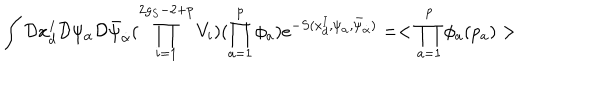
\int { \cal D } x _ { d } ^ { I } { \cal D } \psi _ { \alpha } { \cal D } \bar { \psi } _ { \dot { \alpha } } ( \prod _ { i = 1 } ^ { 2 g _ { S } - 2 + p } V _ { i } ) ( \prod _ { a = 1 } ^ { p } \phi _ { a } ) e ^ { - S ( x _ { d } ^ { I } , \psi _ { \alpha } , \bar { \psi } _ { \dot { \alpha } } ) } = < \prod _ { a = 1 } ^ { p } \phi _ { a } ( p _ { a } ) >